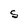
Character: S